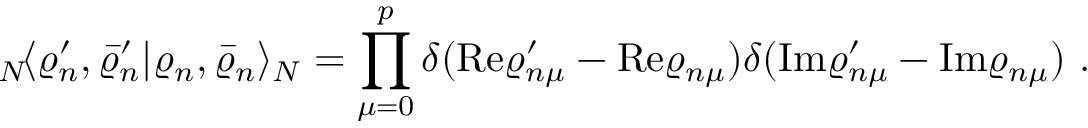
{ } _ { N } \! \langle \varrho _ { n } ^ { \prime } , \bar { \varrho } _ { n } ^ { \prime } | \varrho _ { n } , \bar { \varrho } _ { n } \rangle _ { N } = \prod _ { \mu = 0 } ^ { p } \delta ( \mathrm { R e } \varrho _ { n \mu } ^ { \prime } - \mathrm { R e } \varrho _ { n \mu } ) \delta ( \mathrm { I m } \varrho _ { n \mu } ^ { \prime } - \mathrm { I m } \varrho _ { n \mu } ) ~ .